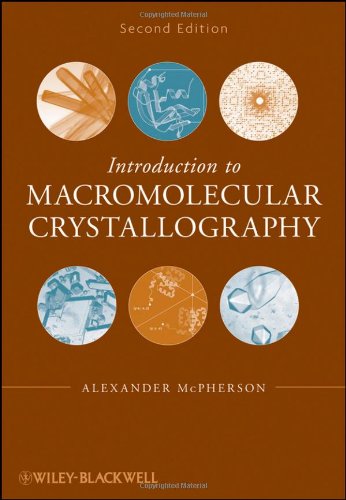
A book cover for Introduction to Macromolecular Crystallography; Alexander McPherson; Science & Math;